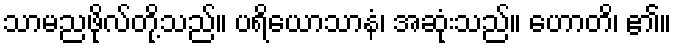
သာမညဖိုလ်တို့သည်။ ပရိယောသာနံ၊ အဆုံးသည်။ ဟောတိ၊ ၏။